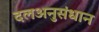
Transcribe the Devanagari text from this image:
दलअनुसंधान